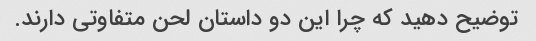
توضیح دهید که چرا این دو داستان لحن متفاوتی دارند.